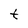
Character: t